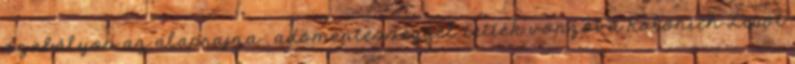
szabályos az alaprajza , adómentességgel tették vonzóvá Kolonich Lipót